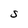
Character: S